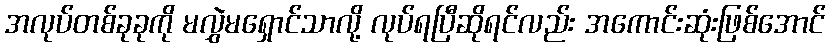
အလုပ်တစ်ခုခုကို မလွှဲမရှောင်သာလို့ လုပ်ရပြီဆိုရင်လည်း အကောင်းဆုံးဖြစ်အောင်